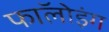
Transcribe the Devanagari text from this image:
फाॅलोइंग